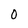
Character: 0